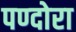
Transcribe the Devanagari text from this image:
पण्दोरा